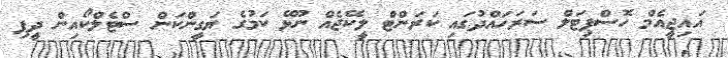
އައިޖީއެމް ހޮސްޕިޓަލް ސަރަހައްދުގައި ކަރަންޓް ލީކޭޖެއް ނޫޅޭ ކަމުގެ ޔަގީންކަން ސްޓެލްކޯއިން ދީފި